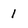
Character: 1